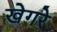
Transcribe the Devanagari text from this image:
खेगरे